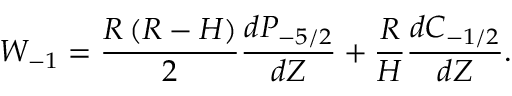
W _ { - 1 } = \frac { R \left( R - H \right) } { 2 } \frac { d P _ { - 5 / 2 } } { d Z } + \frac { R } { H } \frac { d C _ { - 1 / 2 } } { d Z } .